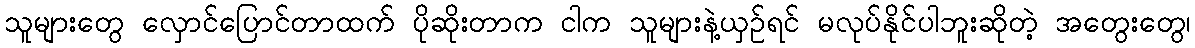
သူများတွေ လှောင်ပြောင်တာထက် ပိုဆိုးတာက ငါက သူများနဲ့ယှဉ်ရင် မလုပ်နိုင်ပါဘူးဆိုတဲ့ အတွေးတွေ၊